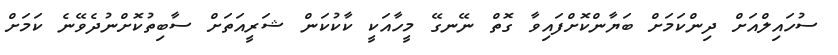
ސުހައިލްއަށް ދިންކަމަށް ބަޔާންކޮށްފައިވާ ގޮތް ނޭނގޭ މީހާއަކީ ކާކުކަން ޝަރީއަތަށް ސާބިތުކޮށްނުދެވޭނެ ކަމަށް